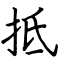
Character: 抵